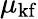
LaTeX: \mu_{\mathrm{kf}}